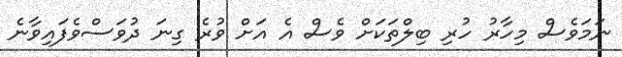
ނަމަވެސް މިހާރު ހުރި ބިލްތަކަށް ވެސް އެ އަށް ވުރެ ގިނަ ދުވަސްވެފައިވާނެ